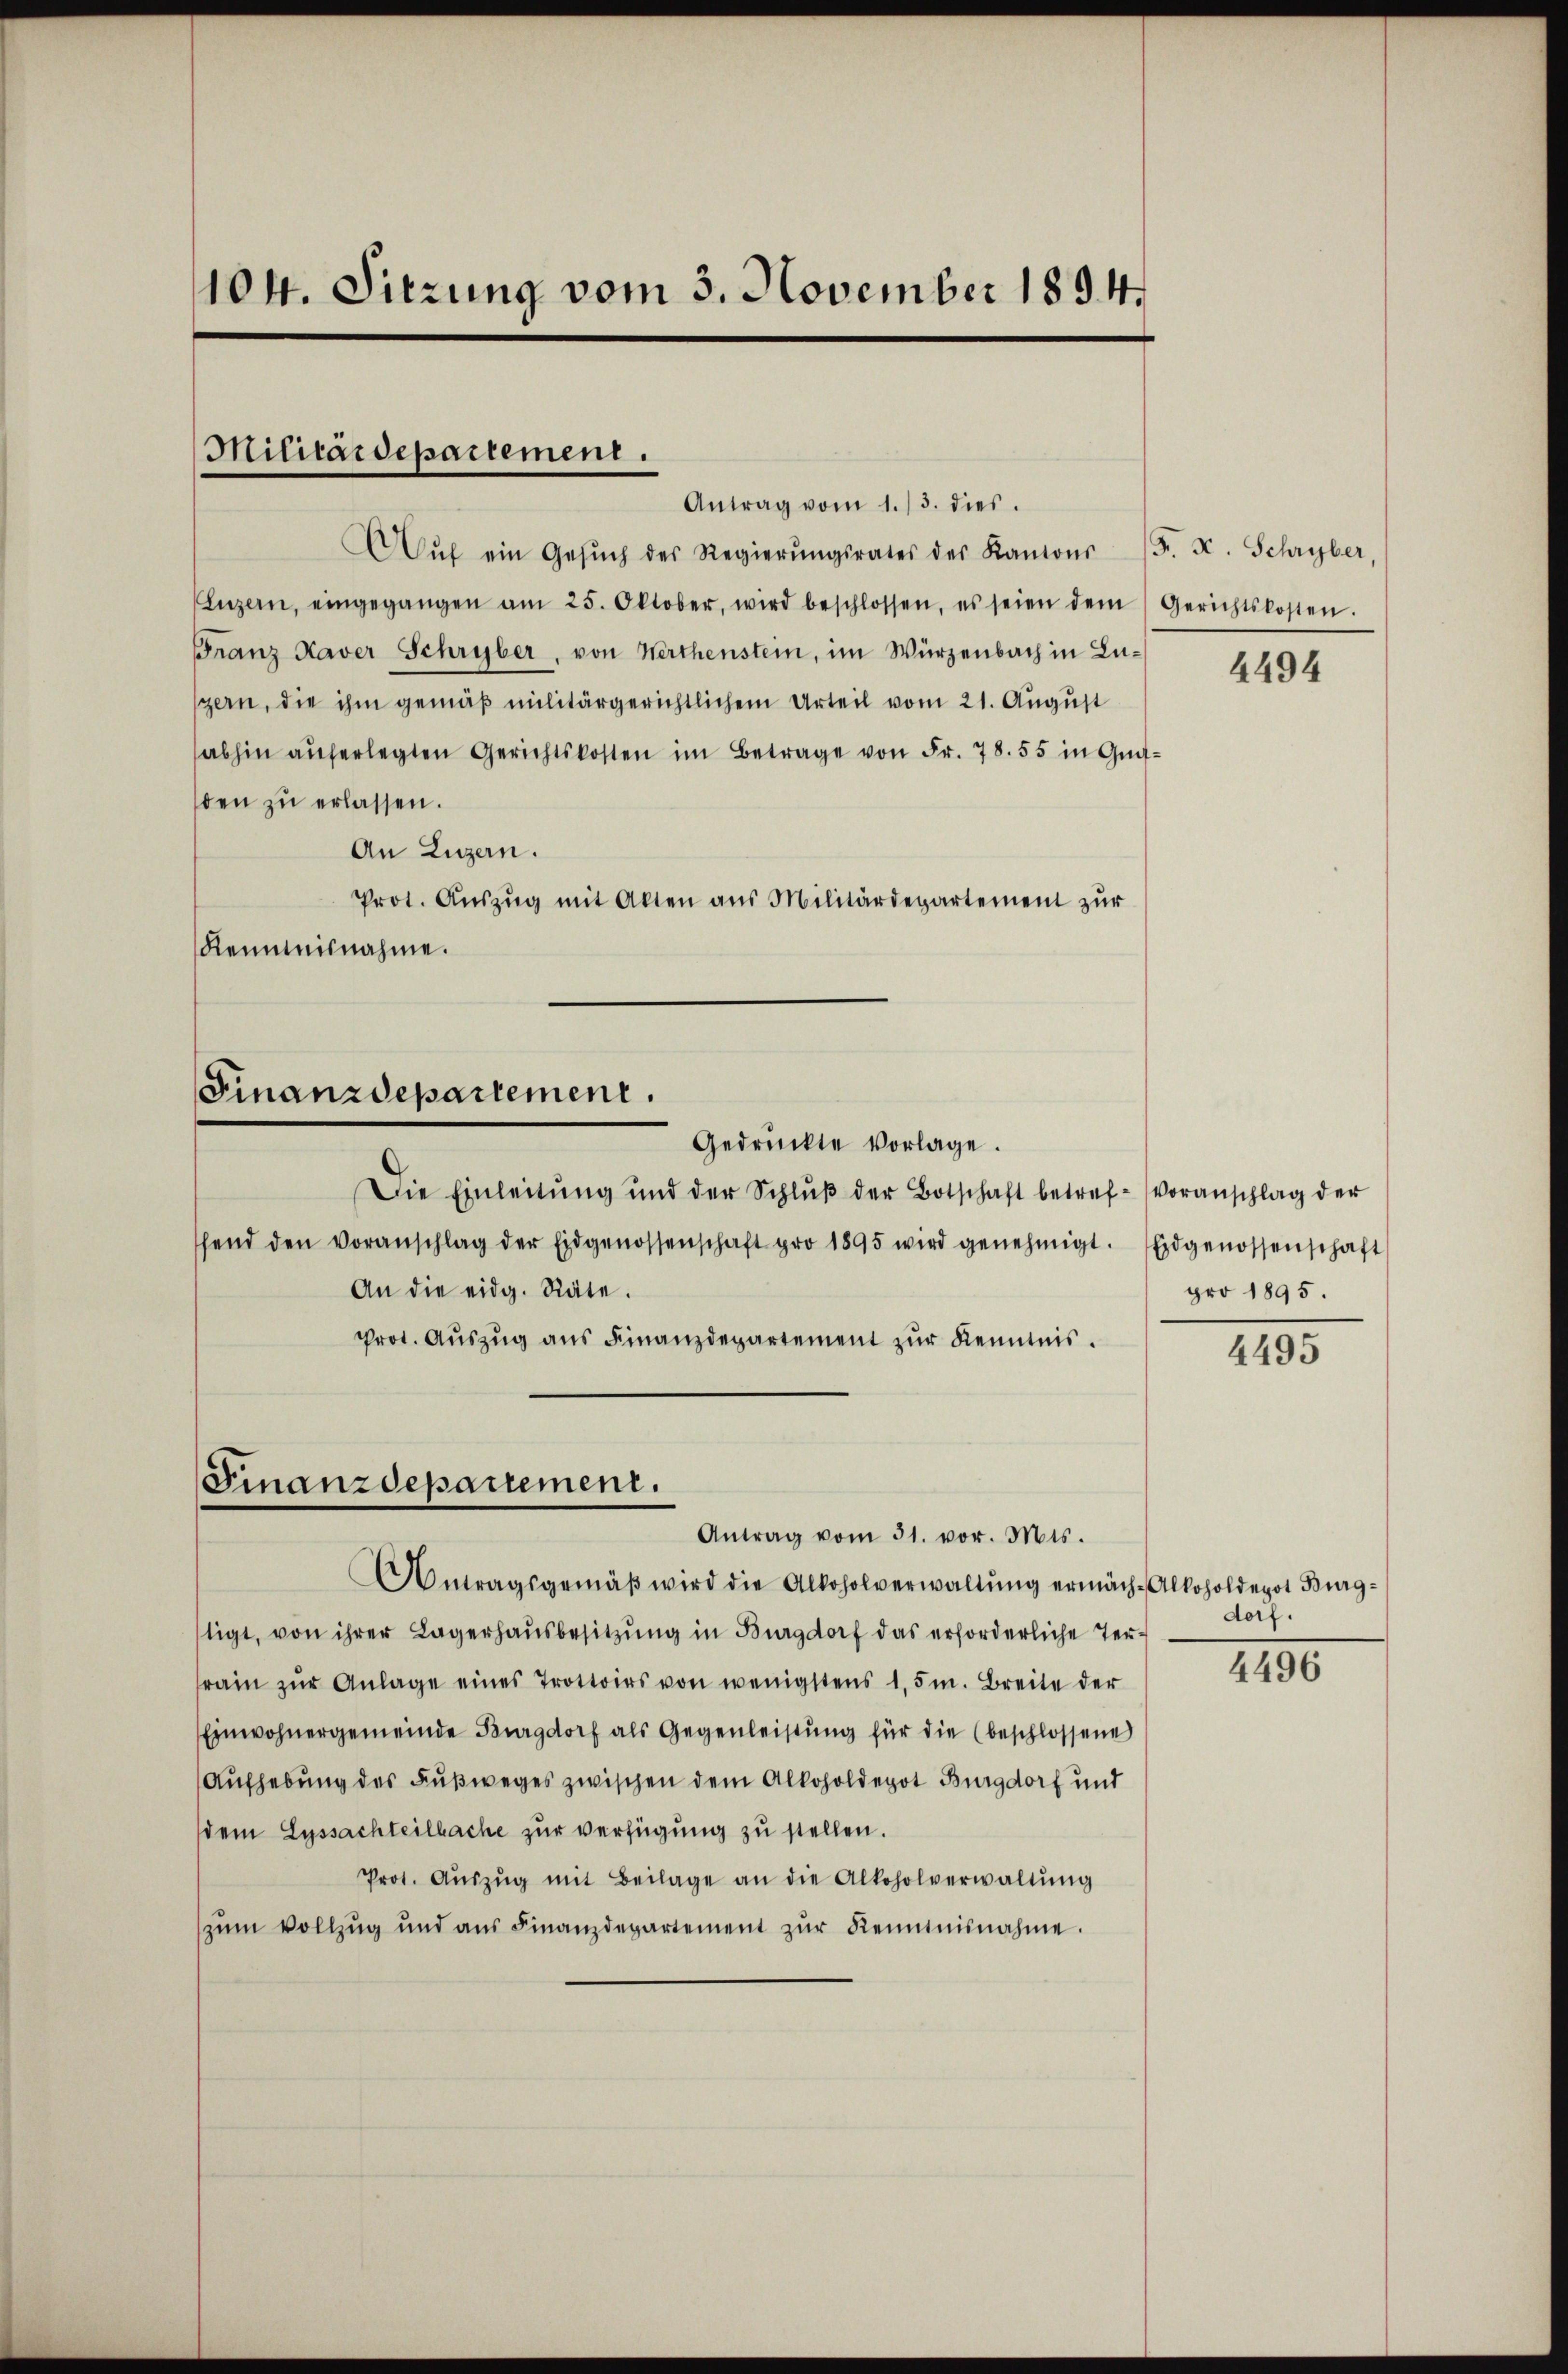
104. Sitzung vom 3. November 1894.

Militärdepartement.
Antrag vom 1./3. dies.

Aŭf ein Gesŭch des Regierŭngsrates des Kantons (F. F. Schryber,
Luzern, eingegangen am 25. Oktober, wird beschlossen, es seien dem Gerichtskosten.
Franz Kaver Schryber, von Werthenstein, im Würzenbach in Lugern, die ihm gemäß militärgerichtlichem Urteil vom 21. August
abhin aŭferlegten Gerichtskosten im Betrage von Fr. 78. 55 in Gutden zu erlassen.
An Luzern.
Prot. Aŭszŭg mit Alten aus Militärdepartement zŭr
Renntnisnahme.

Finanzdepartement.
Gedrückte Vorlage.

Finanzdepartement.
Antrag vom 31. vor. Mts.

Die Einleitŭng und der Schlŭβ der Botschaft betref-Voranschlag der
hend den Voranschlag der Eidgenossenschaft pro 1895 wird genehmigt. Eidgenossenschaft
An die eidg. Räte.
Prot. Aŭszŭg ans Finanzdepartement zŭr Kenntnis.
Antragsgemäβ wird die Alkoholverwaltŭng ermäche Alkoholdepot Burg-
tigt, von ihrer Lagerhaŭsbesitzŭng in Burgdorf das erforderliche Ter-
rain zŭr Anlage eines Trottoirs von wenigstens 1,5m. Breite der
Einwohnergemeinde Burgdorf als Gegenleistŭng für die (beschlossene
Aufhebung des Fußweges zwischen dem Alkoholdegot Burgdorf und
dem Lyssachteilbache zur verfügung zu stellen.
Prot. Aŭszŭg mit Beilage an die Alkoholverwaltŭng
zŭm Vollzug und aŭs Finanzdepartement zŭr Kenntnisnahme.

4494

pro 1895.

4495

dorf.

4496